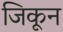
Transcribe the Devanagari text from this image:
जिकून